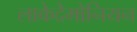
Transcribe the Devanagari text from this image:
लाकेदैमोनियन